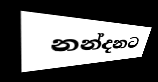
නන්දනට